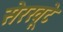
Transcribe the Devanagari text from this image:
सेरखूटे